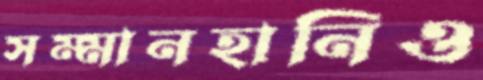
সম্মানহানিও